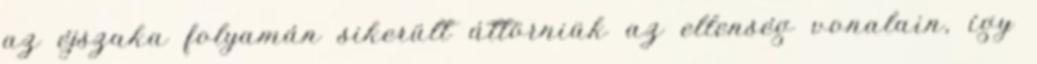
az éjszaka folyamán sikerült áttörniük az ellenség vonalain, így